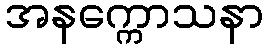
အနက္ကောသနာ